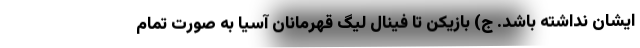
ایشان نداشته باشد. ج) بازیکن تا فینال لیگ قهرمانان آسیا به صورت تمام